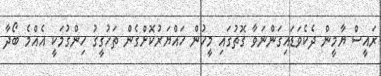
ރައީސް ޔާމީން ދެކެވަޑައިގަންނަވާ ގޮތުގައި މީހުން ހައްޔަރުކޮށްގެން ތަހުގީގު ހިންގުމަކީ އެއްމެ ބޯދާ